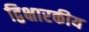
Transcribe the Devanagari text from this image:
द्विक्षारकीय